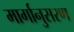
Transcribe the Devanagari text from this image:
मार्गानुसरण